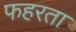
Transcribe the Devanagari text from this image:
फहरता